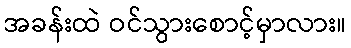
အခန်းထဲ ဝင်သွားစောင့်မှာလား။